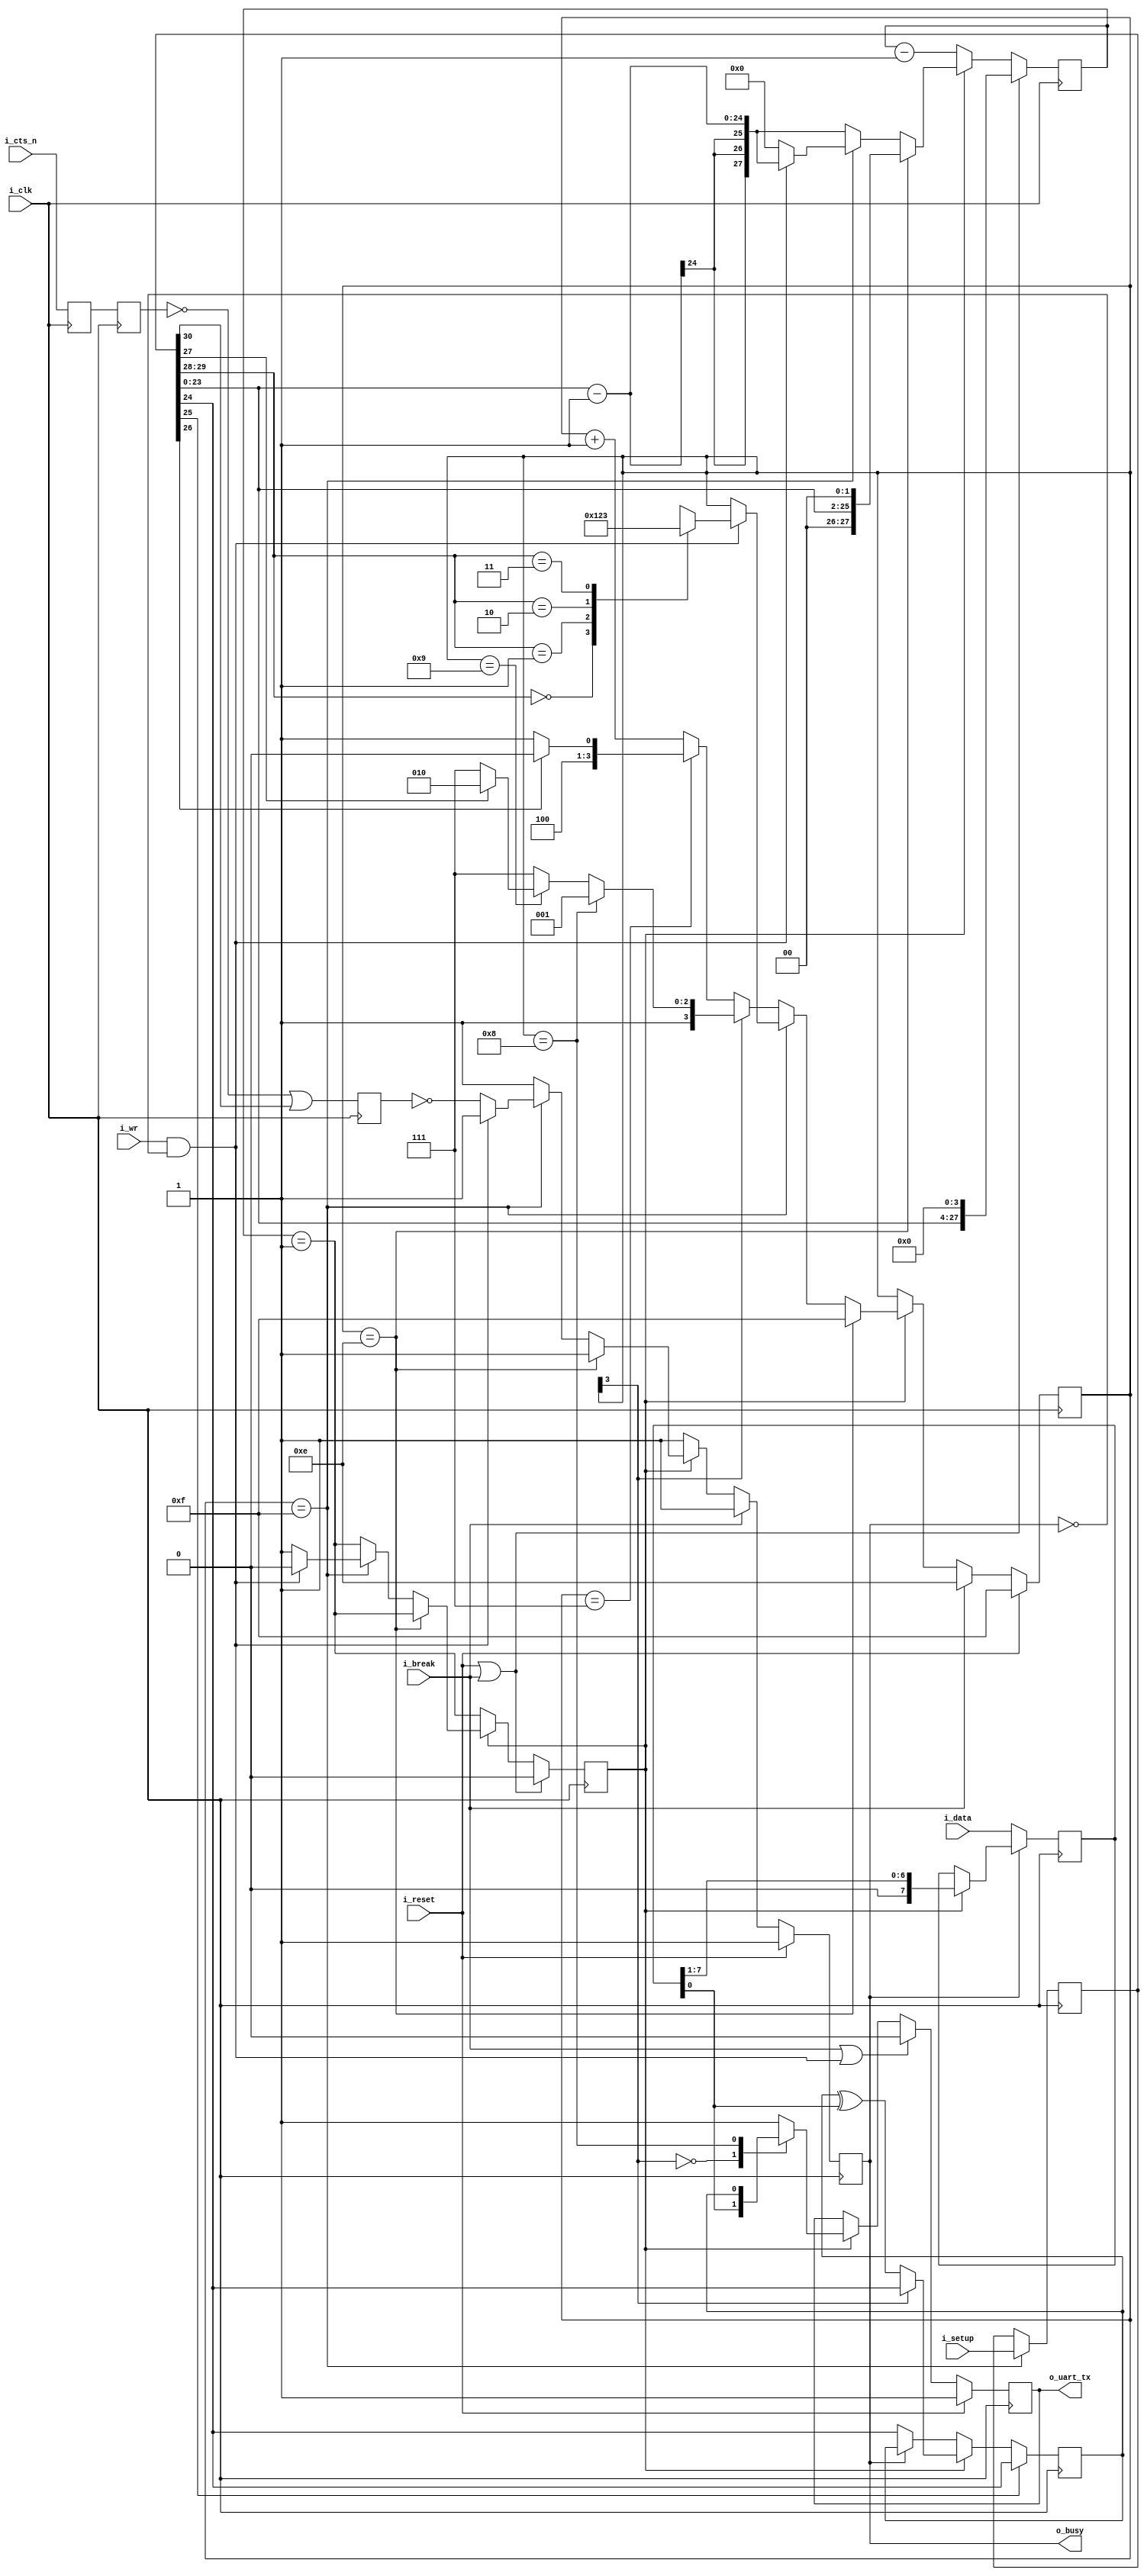
////////////////////////////////////////////////////////////////////////////////
//
//
// Project:	wbuart32, a full featured UART with simulator
//
// Purpose:	Transmit outputs over a single UART line.
//
//	To interface with this module, connect it to your system clock,
//	pass it the 32 bit setup register (defined below) and the byte
//	of data you wish to transmit.  Strobe the i_wr line high for one
//	clock cycle, and your data will be off.  Wait until the 'o_busy'
//	line is low before strobing the i_wr line again--this implementation
//	has NO BUFFER, so strobing i_wr while the core is busy will just
//	cause your data to be lost.  The output will be placed on the o_txuart
//	output line.  If you wish to set/send a break condition, assert the
//	i_break line otherwise leave it low.
//
//	There is a synchronous reset line, logic high.
//
//	Now for the setup register.  The register is 32 bits, so that this
//	UART may be set up over a 32-bit bus.
//
//	i_setup[30]	Set this to zero to use hardware flow control, and to
//		one to ignore hardware flow control.  Only works if the hardware
//		flow control has been properly wired.
//
//		If you don't want hardware flow control, fix the i_rts bit to
//		1'b1, and let the synthesys tools optimize out the logic.
//
//	i_setup[29:28]	Indicates the number of data bits per word.  This will
//		either be 2'b00 for an 8-bit word, 2'b01 for a 7-bit word, 2'b10
//		for a six bit word, or 2'b11 for a five bit word.
//
//	i_setup[27]	Indicates whether or not to use one or two stop bits.
//		Set this to one to expect two stop bits, zero for one.
//
//	i_setup[26]	Indicates whether or not a parity bit exists.  Set this
//		to 1'b1 to include parity.
//
//	i_setup[25]	Indicates whether or not the parity bit is fixed.  Set
//		to 1'b1 to include a fixed bit of parity, 1'b0 to allow the
//		parity to be set based upon data.  (Both assume the parity
//		enable value is set.)
//
//	i_setup[24]	This bit is ignored if parity is not used.  Otherwise,
//		in the case of a fixed parity bit, this bit indicates whether
//		mark (1'b1) or space (1'b0) parity is used.  Likewise if the
//		parity is not fixed, a 1'b1 selects even parity, and 1'b0
//		selects odd.
//
//	i_setup[23:0]	Indicates the speed of the UART in terms of clocks.
//		So, for example, if you have a 200 MHz clock and wish to
//		run your UART at 9600 baud, you would take 200 MHz and divide
//		by 9600 to set this value to 24'd20834.  Likewise if you wished
//		to run this serial port at 115200 baud from a 200 MHz clock,
//		you would set the value to 24'd1736
//
//	Thus, to set the UART for the common setting of an 8-bit word, 
//	one stop bit, no parity, and 115200 baud over a 200 MHz clock, you
//	would want to set the setup value to:
//
//	32'h0006c8		// For 115,200 baud, 8 bit, no parity
//	32'h005161		// For 9600 baud, 8 bit, no parity
//	
//
// Creator:	Dan Gisselquist, Ph.D.
//		Gisselquist Technology, LLC
//
////////////////////////////////////////////////////////////////////////////////
//
// Copyright (C) 2015-2017, Gisselquist Technology, LLC
//
// This program is free software (firmware): you can redistribute it and/or
// modify it under the terms of  the GNU General Public License as published
// by the Free Software Foundation, either version 3 of the License, or (at
// your option) any later version.
//
// This program is distributed in the hope that it will be useful, but WITHOUT
// ANY WARRANTY; without even the implied warranty of MERCHANTIBILITY or
// FITNESS FOR A PARTICULAR PURPOSE.  See the GNU General Public License
// for more details.
//
// You should have received a copy of the GNU General Public License along
// with this program.  (It's in the $(ROOT)/doc directory.  Run make with no
// target there if the PDF file isn't present.)  If not, see
// <http://www.gnu.org/licenses/> for a copy.
//
// License:	GPL, v3, as defined and found on www.gnu.org,
//		http://www.gnu.org/licenses/gpl.html
//
//
////////////////////////////////////////////////////////////////////////////////
//
//
`default_nettype	none
//
`define	TXU_BIT_ZERO	4'h0
`define	TXU_BIT_ONE	4'h1
`define	TXU_BIT_TWO	4'h2
`define	TXU_BIT_THREE	4'h3
`define	TXU_BIT_FOUR	4'h4
`define	TXU_BIT_FIVE	4'h5
`define	TXU_BIT_SIX	4'h6
`define	TXU_BIT_SEVEN	4'h7
`define	TXU_PARITY	4'h8	// Constant 1
`define	TXU_STOP	4'h9	// Constant 1
`define	TXU_SECOND_STOP	4'ha
// 4'hb	// Unused
// 4'hc	// Unused
// `define	TXU_START	4'hd	// An unused state
`define	TXU_BREAK	4'he
`define	TXU_IDLE	4'hf
//
//
module txuart(i_clk, i_reset, i_setup, i_break, i_wr, i_data,
		i_cts_n, o_uart_tx, o_busy);
	parameter	[30:0]	INITIAL_SETUP = 31'd868;
	input	wire		i_clk, i_reset;
	input	wire	[30:0]	i_setup;
	input	wire		i_break;
	input	wire		i_wr;
	input	wire	[7:0]	i_data;
	// Hardware flow control Ready-To-Send bit.  Set this to one to use
	// the core without flow control.  (A more appropriate name would be
	// the Ready-To-Receive bit ...)
	input	wire		i_cts_n;
	// And the UART input line itself
	output	reg		o_uart_tx;
	// A line to tell others when we are ready to accept data.  If
	// (i_wr)&&(!o_busy) is ever true, then the core has accepted a byte
	// for transmission.
	output	wire		o_busy;

	wire	[27:0]	clocks_per_baud, break_condition;
	wire	[1:0]	data_bits;
	wire		use_parity, parity_even, dblstop, fixd_parity,
			fixdp_value, hw_flow_control;
	reg	[30:0]	r_setup;
	assign	clocks_per_baud = { 4'h0, r_setup[23:0] };
	assign	break_condition = { r_setup[23:0], 4'h0 };
	assign	hw_flow_control = !r_setup[30];
	assign	data_bits       =  r_setup[29:28];
	assign	dblstop         =  r_setup[27];
	assign	use_parity      =  r_setup[26];
	assign	fixd_parity     =  r_setup[25];
	assign	parity_even     =  r_setup[24];
	assign	fixdp_value     =  r_setup[24];

	reg	[27:0]	baud_counter;
	reg	[3:0]	state;
	reg	[7:0]	lcl_data;
	reg		calc_parity, r_busy, zero_baud_counter;


	// First step ... handle any hardware flow control, if so enabled.
	//
	// Clock in the flow control data, two clocks to avoid metastability
	// Default to using hardware flow control (uart_setup[30]==0 to use it).
	// Set this high order bit off if you do not wish to use it.
	reg	q_cts_n, qq_cts_n, ck_cts;
	// While we might wish to give initial values to q_rts and ck_cts,
	// 1) it's not required since the transmitter starts in a long wait
	// state, and 2) doing so will prevent the synthesizer from optimizing
	// this pin in the case it is hard set to 1'b1 external to this
	// peripheral.
	//
	// initial	q_cts_n  = 1'b1;
	// initial	qq_cts_n = 1'b1;
	// initial	ck_cts   = 1'b0;
	always	@(posedge i_clk)
		q_cts_n <= i_cts_n;
	always	@(posedge i_clk)
		qq_cts_n <= q_cts_n;
	always	@(posedge i_clk)
		ck_cts <= (!qq_cts_n)||(!hw_flow_control);

	initial	o_uart_tx = 1'b1;
	initial	r_busy = 1'b1;
	initial	state  = `TXU_IDLE;
	initial	lcl_data= 8'h0;
	initial	calc_parity = 1'b0;
	// initial	baud_counter = clocks_per_baud;//ILLEGAL--not constant
	always @(posedge i_clk)
	begin
		if (i_reset)
		begin
			r_busy <= 1'b1;
			state <= `TXU_IDLE;
		end else if (i_break)
		begin
			state <= `TXU_BREAK;
			r_busy <= 1'b1;
		end else if (!zero_baud_counter)
		begin // r_busy needs to be set coming into here
			r_busy <= 1'b1;
		end else if (state == `TXU_BREAK)
		begin
			state <= `TXU_IDLE;
			r_busy <= 1'b1;
		end else if (state == `TXU_IDLE)	// STATE_IDLE
		begin
			if ((i_wr)&&(!r_busy))
			begin	// Immediately start us off with a start bit
				r_busy <= 1'b1;
				case(data_bits)
				2'b00: state <= `TXU_BIT_ZERO;
				2'b01: state <= `TXU_BIT_ONE;
				2'b10: state <= `TXU_BIT_TWO;
				2'b11: state <= `TXU_BIT_THREE;
				endcase
			end else begin // Stay in idle
				r_busy <= !ck_cts;
			end
		end else begin
			// One clock tick in each of these states ...
			// baud_counter <= clocks_per_baud - 28'h01;
			r_busy <= 1'b1;
			if (state[3] == 0) // First 8 bits
			begin
				if (state == `TXU_BIT_SEVEN)
					state <= (use_parity)?`TXU_PARITY:`TXU_STOP;
				else
					state <= state + 1;
			end else if (state == `TXU_PARITY)
			begin
				state <= `TXU_STOP;
			end else if (state == `TXU_STOP)
			begin // two stop bit(s)
				if (dblstop)
					state <= `TXU_SECOND_STOP;
				else
					state <= `TXU_IDLE;
			end else // `TXU_SECOND_STOP and default:
			begin
				state <= `TXU_IDLE; // Go back to idle
				// Still r_busy, since we need to wait
				// for the baud clock to finish counting
				// out this last bit.
			end
		end 
	end

	// o_busy
	//
	// This is a wire, designed to be true is we are ever busy above.
	// originally, this was going to be true if we were ever not in the
	// idle state.  The logic has since become more complex, hence we have
	// a register dedicated to this and just copy out that registers value.
	assign	o_busy = (r_busy);


	// r_setup
	//
	// Our setup register.  Accept changes between any pair of transmitted
	// words.  The register itself has many fields to it.  These are
	// broken out up top, and indicate what 1) our baud rate is, 2) our
	// number of stop bits, 3) what type of parity we are using, and 4)
	// the size of our data word.
	initial	r_setup = INITIAL_SETUP;
	always @(posedge i_clk)
		if (state == `TXU_IDLE)
			r_setup <= i_setup;

	// lcl_data
	//
	// This is our working copy of the i_data register which we use
	// when transmitting.  It is only of interest during transmit, and is
	// allowed to be whatever at any other time.  Hence, if r_busy isn't
	// true, we can always set it.  On the one clock where r_busy isn't
	// true and i_wr is, we set it and r_busy is true thereafter.
	// Then, on any zero_baud_counter (i.e. change between baud intervals)
	// we simple logically shift the register right to grab the next bit.
	always @(posedge i_clk)
		if (!r_busy)
			lcl_data <= i_data;
		else if (zero_baud_counter)
			lcl_data <= { 1'b0, lcl_data[7:1] };

	// o_uart_tx
	//
	// This is the final result/output desired of this core.  It's all
	// centered about o_uart_tx.  This is what finally needs to follow
	// the UART protocol.
	//
	// Ok, that said, our rules are:
	//	1'b0 on any break condition
	//	1'b0 on a start bit (IDLE, write, and not busy)
	//	lcl_data[0] during any data transfer, but only at the baud
	//		change
	//	PARITY -- During the parity bit.  This depends upon whether or
	//		not the parity bit is fixed, then what it's fixed to,
	//		or changing, and hence what it's calculated value is.
	//	1'b1 at all other times (stop bits, idle, etc)
	always @(posedge i_clk)
		if (i_reset)
			o_uart_tx <= 1'b1;
		else if ((i_break)||((i_wr)&&(!r_busy)))
			o_uart_tx <= 1'b0;
		else if (zero_baud_counter)
			casez(state)
			4'b0???:	o_uart_tx <= lcl_data[0];
			`TXU_PARITY:	o_uart_tx <= calc_parity;
			default:	o_uart_tx <= 1'b1;
			endcase


	// calc_parity
	//
	// Calculate the parity to be placed into the parity bit.  If the
	// parity is fixed, then the parity bit is given by the fixed parity
	// value (r_setup[24]).  Otherwise the parity is given by the GF2
	// sum of all the data bits (plus one for even parity).
	always @(posedge i_clk)
		if (fixd_parity)
			calc_parity <= fixdp_value;
		else if (zero_baud_counter)
		begin
			if (state[3] == 0) // First 8 bits of msg
				calc_parity <= calc_parity ^ lcl_data[0];
			else
				calc_parity <= parity_even;
		end else if (!r_busy)
			calc_parity <= parity_even;


	// All of the above logic is driven by the baud counter.  Bits must last
	// clocks_per_baud in length, and this baud counter is what we use to
	// make certain of that.
	//
	// The basic logic is this: at the beginning of a bit interval, start
	// the baud counter and set it to count clocks_per_baud.  When it gets
	// to zero, restart it.
	//
	// However, comparing a 28'bit number to zero can be rather complex--
	// especially if we wish to do anything else on that same clock.  For
	// that reason, we create "zero_baud_counter".  zero_baud_counter is
	// nothing more than a flag that is true anytime baud_counter is zero.
	// It's true when the logic (above) needs to step to the next bit.
	// Simple enough?
	//
	// I wish we could stop there, but there are some other (ugly)
	// conditions to deal with that offer exceptions to this basic logic.
	//
	// 1. When the user has commanded a BREAK across the line, we need to
	// wait several baud intervals following the break before we start
	// transmitting, to give any receiver a chance to recognize that we are
	// out of the break condition, and to know that the next bit will be
	// a stop bit.
	//
	// 2. A reset is similar to a break condition--on both we wait several
	// baud intervals before allowing a start bit.
	//
	// 3. In the idle state, we stop our counter--so that upon a request
	// to transmit when idle we can start transmitting immediately, rather
	// than waiting for the end of the next (fictitious and arbitrary) baud
	// interval.
	//
	// When (i_wr)&&(!r_busy)&&(state == `TXU_IDLE) then we're not only in
	// the idle state, but we also just accepted a command to start writing
	// the next word.  At this point, the baud counter needs to be reset
	// to the number of clocks per baud, and zero_baud_counter set to zero.
	//
	// The logic is a bit twisted here, in that it will only check for the
	// above condition when zero_baud_counter is false--so as to make
	// certain the STOP bit is complete.
	initial	zero_baud_counter = 1'b0;
	initial	baud_counter = 28'h05;
	always @(posedge i_clk)
	begin
		zero_baud_counter <= (baud_counter == 28'h01);
		if ((i_reset)||(i_break))
		begin
			// Give ourselves 16 bauds before being ready
			baud_counter <= break_condition;
			zero_baud_counter <= 1'b0;
		end else if (!zero_baud_counter)
			baud_counter <= baud_counter - 28'h01;
		else if (state == `TXU_BREAK)
			// Give us four idle baud intervals before becoming
			// available
			baud_counter <= clocks_per_baud<<2;
		else if (state == `TXU_IDLE)
		begin
			baud_counter <= 28'h0;
			zero_baud_counter <= 1'b1;
			if ((i_wr)&&(!r_busy))
			begin
				baud_counter <= clocks_per_baud - 28'h01;
				zero_baud_counter <= 1'b0;
			end
		end else
			baud_counter <= clocks_per_baud - 28'h01;
	end
endmodule